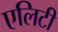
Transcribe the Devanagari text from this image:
एलिटी